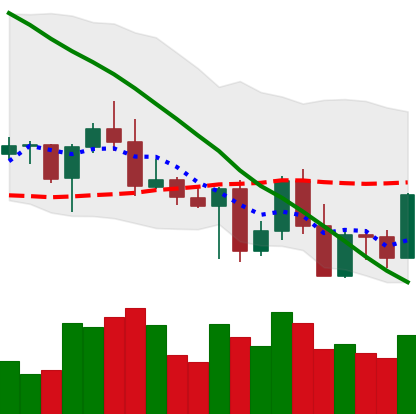
Ticker: BNB-USD
Chart end date: 2022-05-04
Forward return: -25.628%
Label: down_7plus